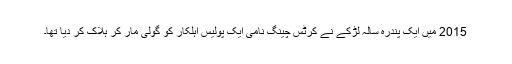
2015 میں ایک پندرہ سالہ لڑکے نے کرٹس چینگ نامی ایک پولیس اہلکار کو گولی مار کر ہلاک کر دیا تھا۔